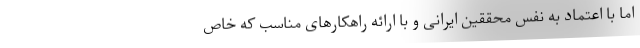
اما با اعتماد به نفس محققین ایرانی و با ارائه راهکارهای مناسب که خاص